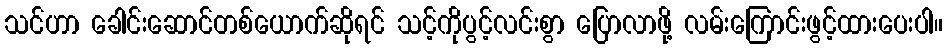
သင်ဟာ ခေါင်းဆောင်တစ်ယောက်ဆိုရင် သင့်ကိုပွင့်လင်းစွာ ပြောလာဖို့ လမ်းကြောင်းဖွင့်ထားပေးပါ။